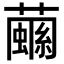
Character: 𧁧